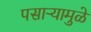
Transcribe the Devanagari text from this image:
पसाऱ्यामुळे